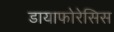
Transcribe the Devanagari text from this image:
डायाफोरेसिस